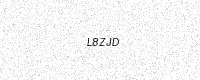
Text: L8ZJD